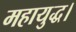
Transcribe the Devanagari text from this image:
महायुद्ध।